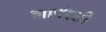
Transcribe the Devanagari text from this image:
शापरेली